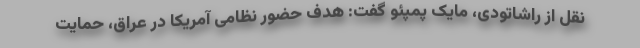
نقل از راشاتودی، مایک پمپئو گفت: هدف حضور نظامی آمریکا در عراق، حمایت